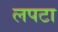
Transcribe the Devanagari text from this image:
लपटा